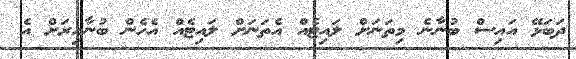
ދަބަޅޭ އައިސް ބުނާނެ މިތަނަށް ލައިޓެއް އެތަނަށް ލައިޓެއް އެހެން ބުނާއިރަށް އެ